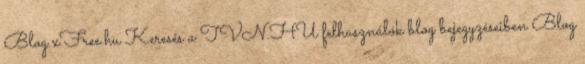
Blog.xFree.hu Keresés a TVN.HU felhasználók blog bejegyzéseiben Blog